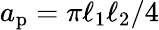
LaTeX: a_{\mathrm{p}}=\pi\ell_{1}\ell_{2}/4